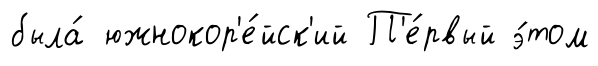
была́ южнокор'е́йск'ий П'е́рвый э́том